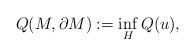
LaTeX: \begin{align*}Q(M,\partial M):=\inf\limits_H Q(u),\end{align*}